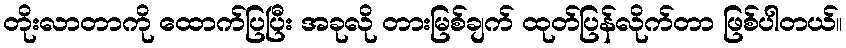
တိုးလာတာကို ထောက်ပြပြီး အခုလို တားမြစ်ချက် ထုတ်ပြန်လိုက်တာ ဖြစ်ပါတယ်။